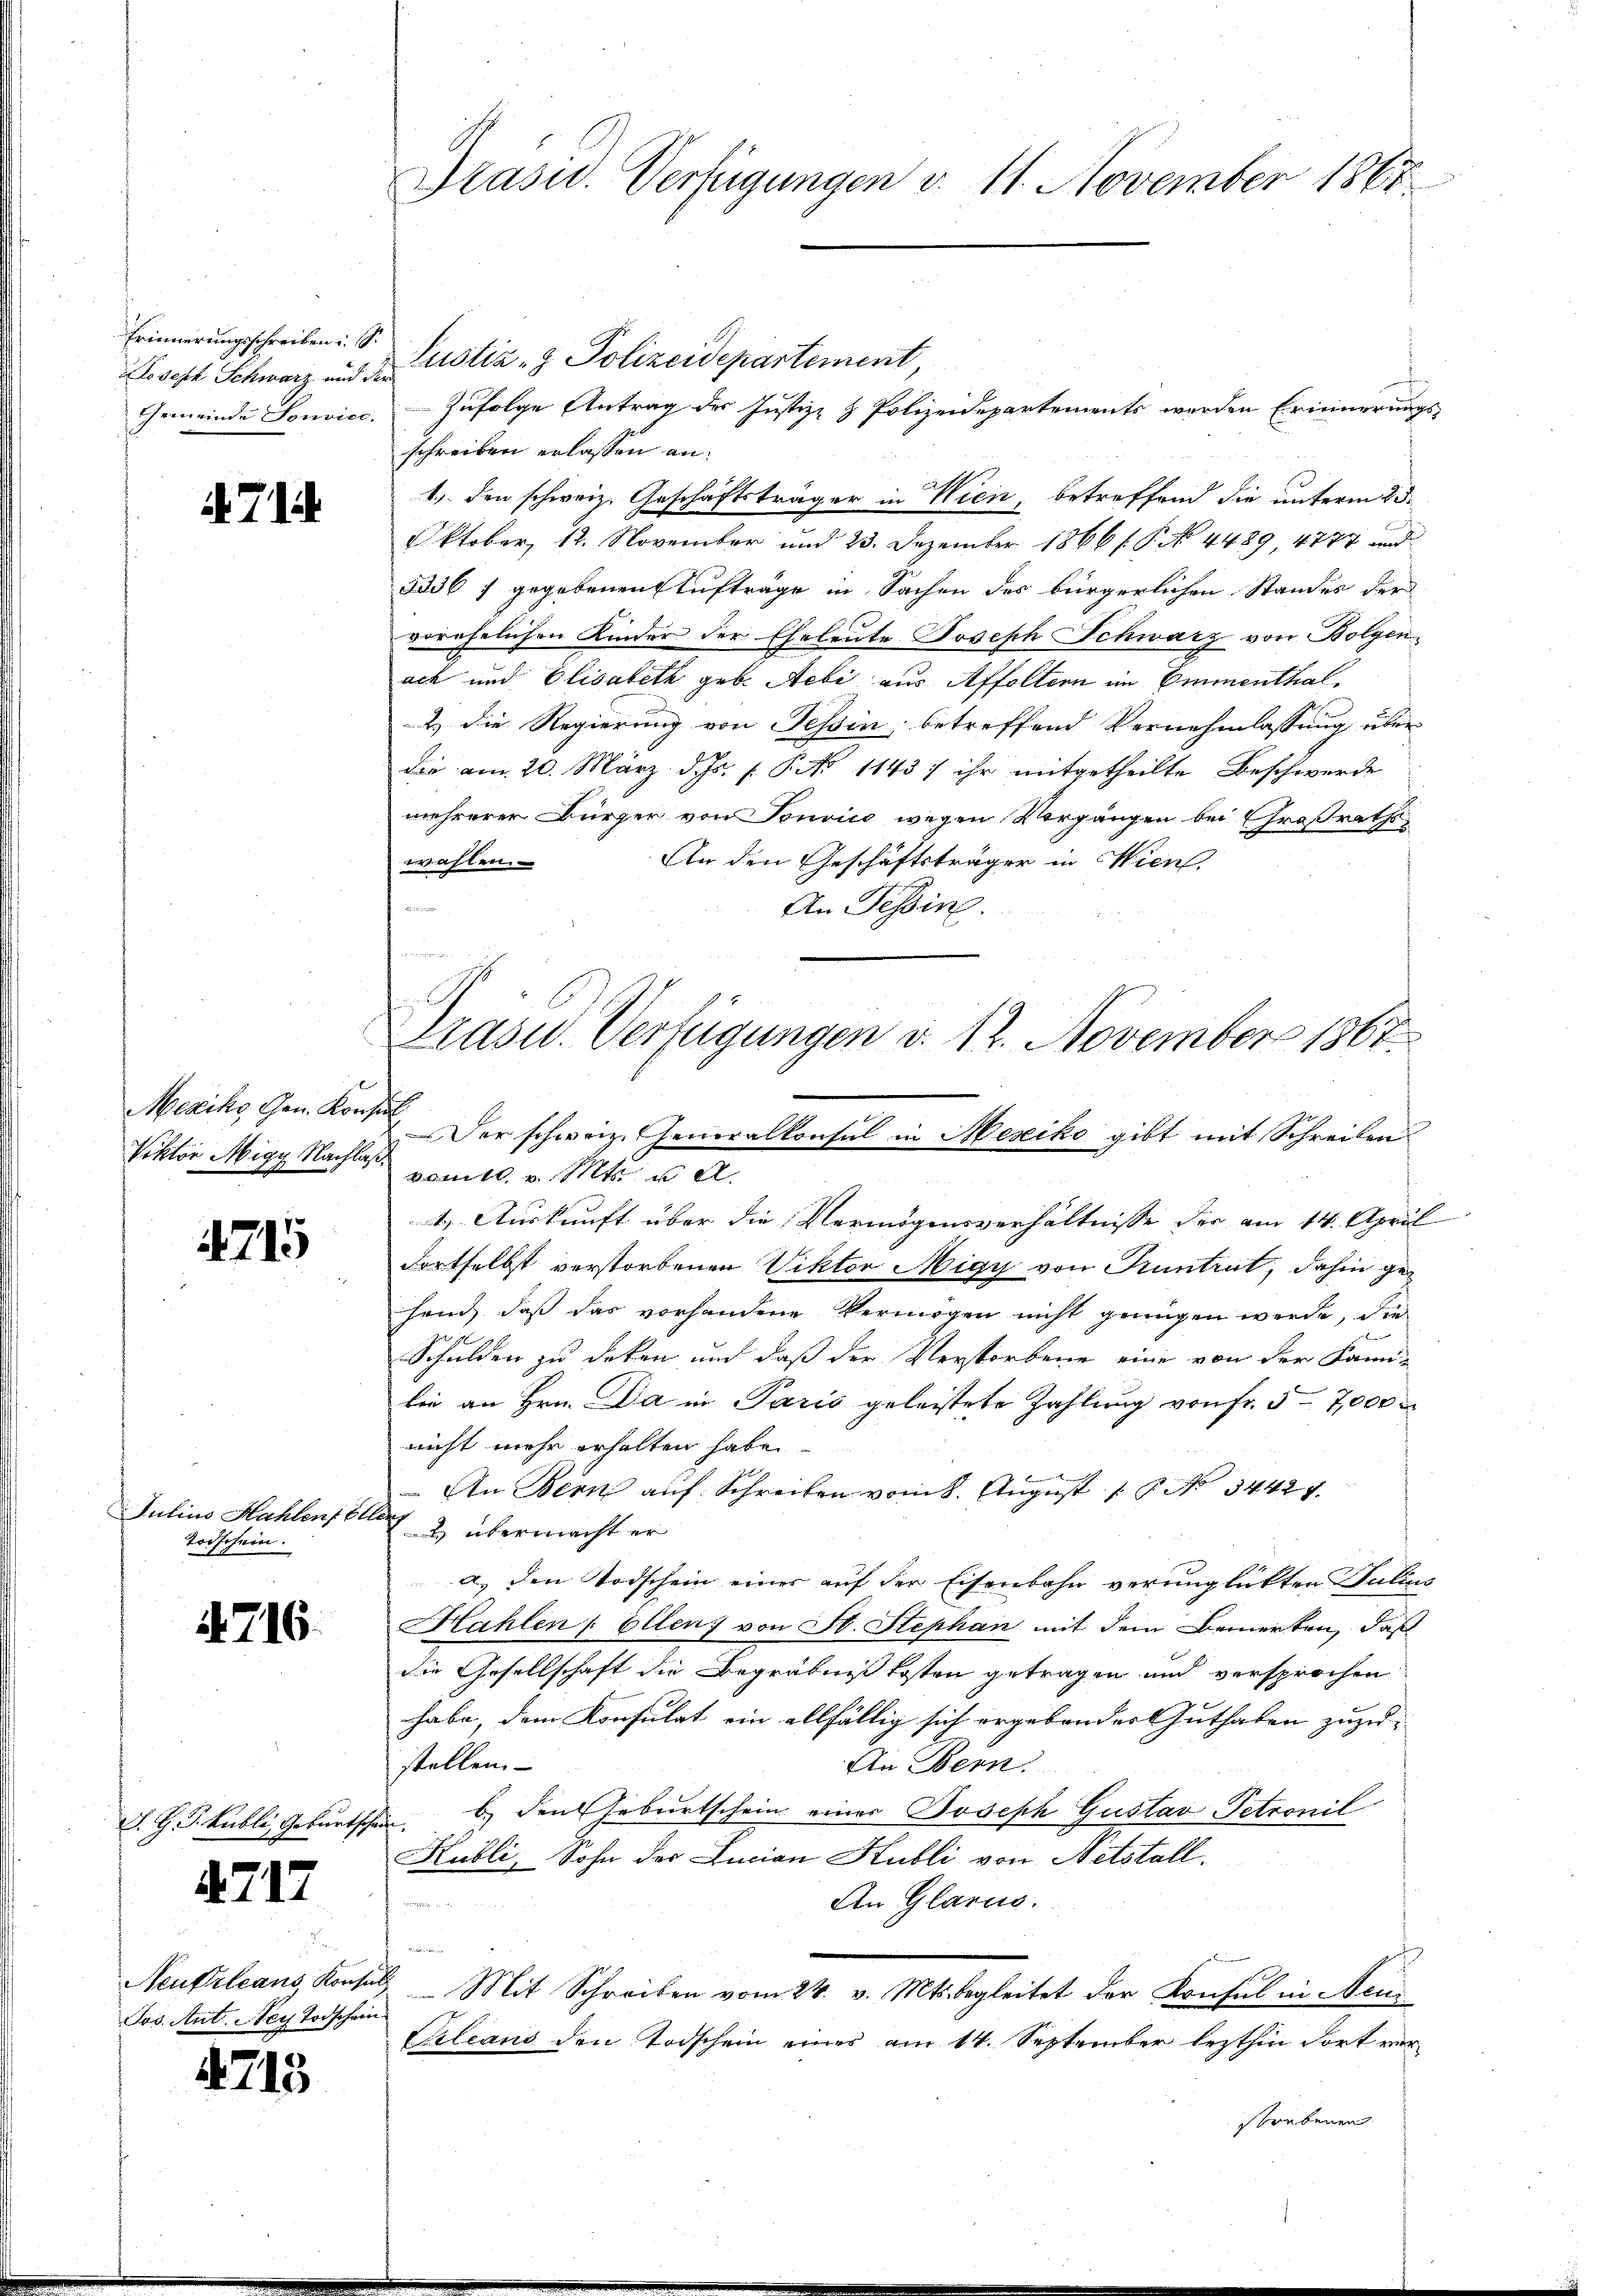
Erinnerungsschreiben i. S.
Joseph Schwarz und der

A 714

Mexiko Gen. Konsul

715

Julius Hahlen, ellen
Todschein.

716.

J. J. J. Kubli, Geburtschei

4717

1
Jos. Ant. Ney Todschein

1713

Präsid. Verfügungen v. 11. November 1865

Justiz- & Polizeidepartement,
f
Gemeinde Sonvice. Zufolge Antrag der Justiz- & Polizeidepartements werden Erinnerungs-
schreiben erlassen an.
1., den schweiz. Geschäftsträger in Wien, betreffend die unterm 23.
Oktober, 12. November und 23. Dezember 1866 f. P. No. 4489, 4777 und
ads 7 gegebenen Aufträge in Sachen des bürgerlichen Standes der
vorehelichen Kinder der Eheleute Joseph Schwarz von Bolgen
ach und Elisabeth geb. Aebi aus Affoltern im Emmenthal
2.) Die Regierung von Tessin, betreffend Vernehmlassung über
die am 20. März d. Js. f. P. No 11437 ihr mitgetheilte Beschwerde
mehrerer Bürger von Tonvice wegen Vorgängen bei Großraths¬
An den Geschäftsträger in Wien.
wahlen.
e
An Tessin.
Drasu. Verfügungen d. 12. November 1867

Der schweiz. Generalkonsul in Mesiko gibt mit Schreiben
Viktor Migy Nacht vom 10. v. Mts. u. A.

1.) Auskunft über die Vermögensverhältnisse der am 14. April
dortselbst verstorbenen Viktor Migy von Kuntrut, dahin gehand, daß das vorhandene Vermögen nicht genügen werde, die
Schulden zu deken und daß der Verstorbene eine von der Fami-
lie an Hrn. Da in Paris geleistete Zahlung von fr. 5 - 7,000
nicht mehr erhalten habe.
An Bern auf Schreiben vom 8. August 1 No 34429.
2 übermacht er
a.) den Todschein einer auf der Eisenbahn verunglückten Julius
Hahlen Ellenz von St. Stephan mit dem Bemerken, daß
die Gesellschaft die Begräbnißkosten getragen und versprochen
habe, dem Konsulat ein allfällig sich ergebendes Guthaben zuzu-
stellen.
An Bern.
b.) den Geburtschein einer Joseph Gustav Petronil
Kubli, Sohn der Lucian Hubli von Netstall.
An Glarus.
edienen
Neutrleans Konsuls Mit Schreiben vom 24. v. Mts. begleitet der Konsul in Neu¬
Cleans den Todschein eines am 14. September lezthin dort vorstrebenen